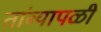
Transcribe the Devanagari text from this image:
तांब्यापळी